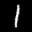
Label: 1